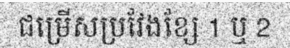
ជម្រើសប្រវែងខ្សែ 1 ឬ 2